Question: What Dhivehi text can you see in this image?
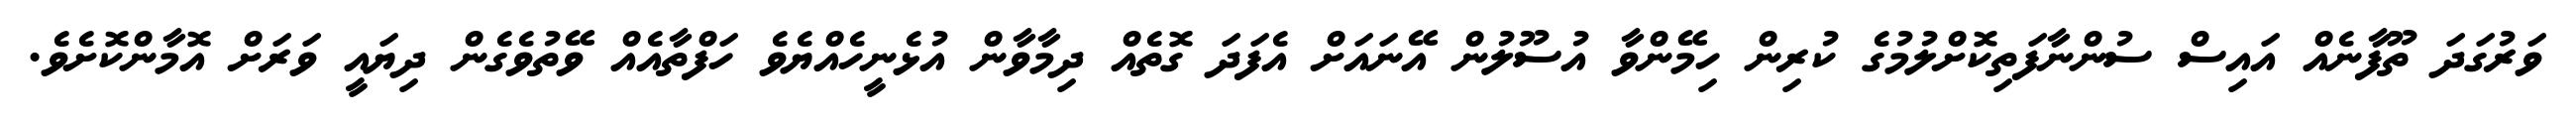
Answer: ވަރުގަދަ ތޫފާނެއް އައިސް ސުންނާފަތިކޮށްލުމުގެ ކުރިން ހިމޭންވާ އުސޫލުން އޭނައަށް އެފަދަ ގޮތެއް ދިމާވާން އުޅެނީހެއްޔެވެ ހަފްތާއެއް ވޭތުވެގެން ދިޔައީ ވަރަށް އޮމާންކޮށެވެ.